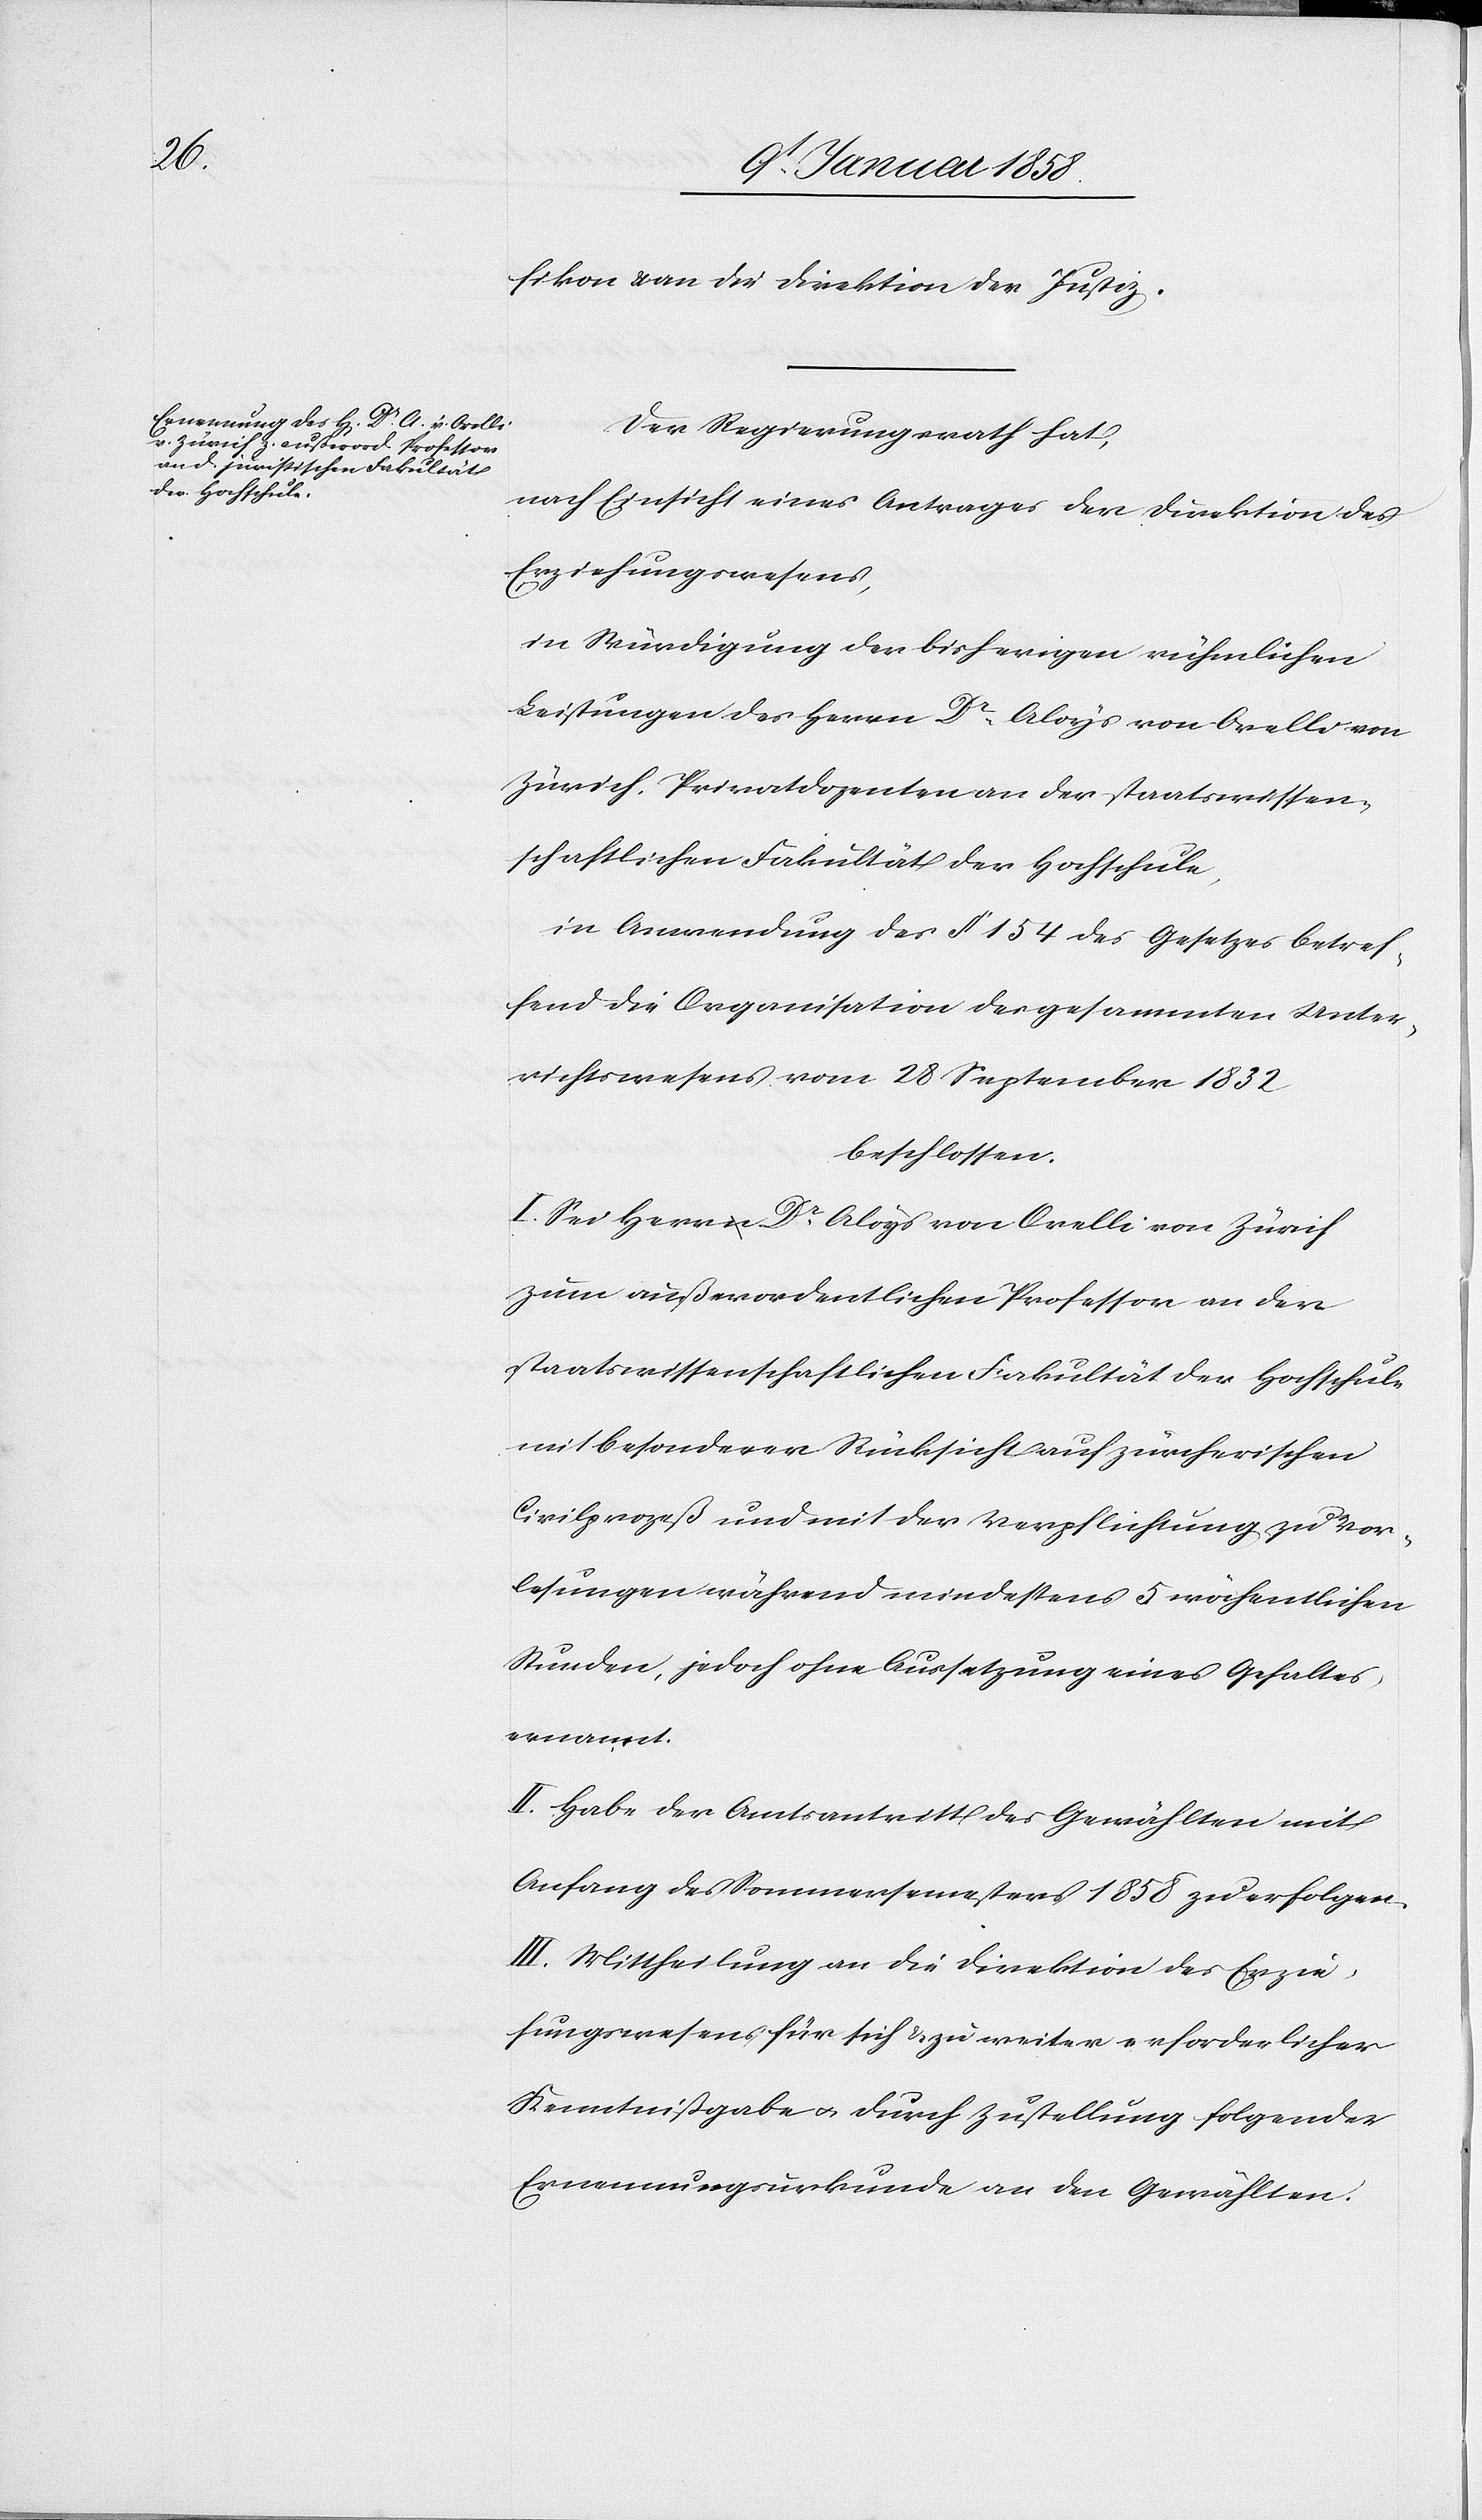
fikon u. an die Direktion der Justiz.
Der Regierungsrath hat,
nach Einsicht eines Antrages der Direktion des
Erziehungswesens,
in Würdigung der bisherigen rühmlichen
Leistungen des Herrn Dr. Aloys von Orelli von
Zürich, Privatdozenten an der staatswissen¬
schaftlichen Fakultät der Hochschule,
in Anwendung des § 154 des Gesetzes betref¬
fend die Organisation des gesammten Unter¬
richtswesens vom 28 September 1832
beschlossen:
I. Sei Herr Dr. Aloys von Orelli von Zürich
zum außerordentlichen Professor an der
staatswissenschaftlichen Fakultät der Hochschule
mit besonderer Rücksicht auf zürcherischen
Civilprozeß und mit der Verpflichtung zu Vor¬
lesungen während mindestens 5 wöchentlichen
Stunden, jedoch ohne Aussetzung eines Gehaltes
ernannt.
II. Habe der Amtsantritt des Gewählten mit
Anfang des Sommersemesters 1858 zu erfolgen.
III. Mittheilung an die Direktion des Erzie¬
hungswesens für sich u. zu weiter erforderlicher
Kenntnißgabe u. durch Zustellung folgender
Ernennungsurkunde an den Gewählten.